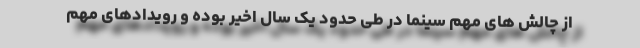
از چالش های مهم سینما در طی حدود یک سال اخیر بوده و رویدادهای مهم